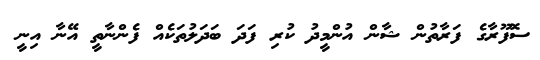
ސޮފޫރާގެ ފަރާތުން ޝާން އުންމީދު ކުރި ފަދަ ބަދަލުތަކެއް ފެންނާތީ އޭނާ އިނީ